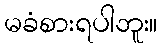
မခံစားရပါဘူး။